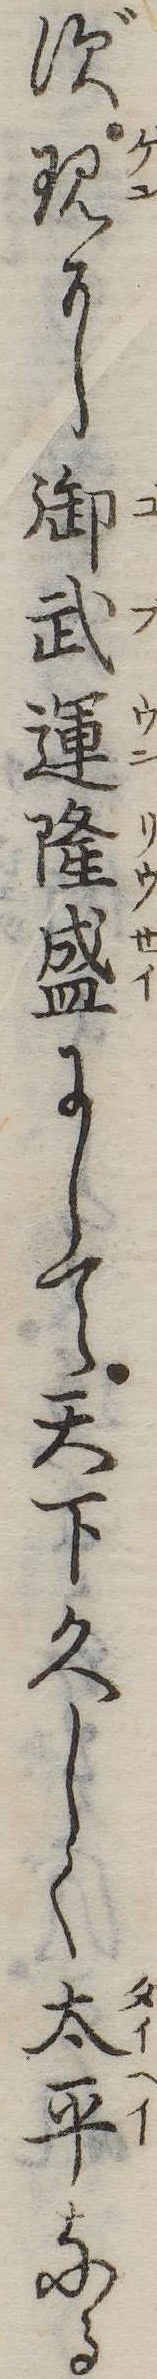
ず現に御武運隆盛にして天下久しく太平なる